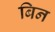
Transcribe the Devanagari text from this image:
बिन